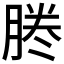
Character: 𠗲